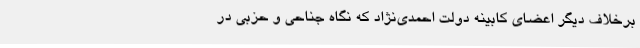
برخلاف دیگر اعضای کابینه دولت احمدی‌نژاد که نگاه جناحی و حزبی در